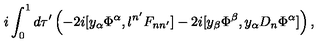
i \int _ { 0 } ^ { 1 } d \tau ^ { \prime } \left( - 2 i [ y _ { \alpha } \Phi ^ { \alpha } , l ^ { n ^ { \prime } } F _ { n n ^ { \prime } } ] - 2 i [ y _ { \beta } \Phi ^ { \beta } , y _ { \alpha } D _ { n } \Phi ^ { \alpha } ] \right) ,